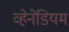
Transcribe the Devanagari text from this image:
व्हेनेडियम